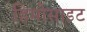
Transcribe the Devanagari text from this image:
हिमोसाइट